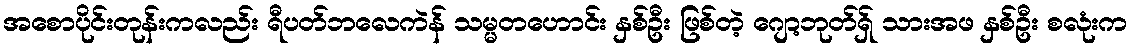
အစောပိုင်းတုန်းကလည်း ရီပတ်ဘလေကဲန် သမ္မတဟောင်း နှစ်ဦး ဖြစ်တဲ့ ဂျော့ဘုတ်ရှ် သားအဖ နှစ်ဦး စလုံးက